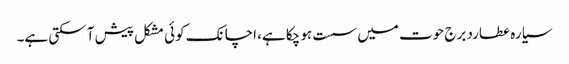
سیارہ عطارد برج حوت میں سست ہو چکا ہے، اچانک کوئی مشکل پیش آ سکتی ہے۔